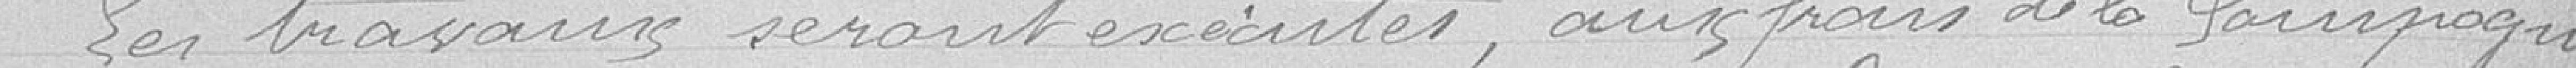
Les travaux seront exécutés, aux frais de la Compagnie